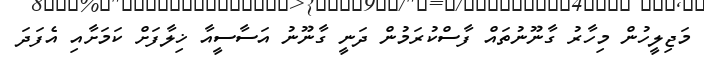
މަޖިލީހުން މިހާރު ގާނޫނުތައް ފާސްކުރަމުން ދަނީ ގާނޫނު އަސާސީއާ ޚިލާފަށް ކަމަށާއި އެފަދަ